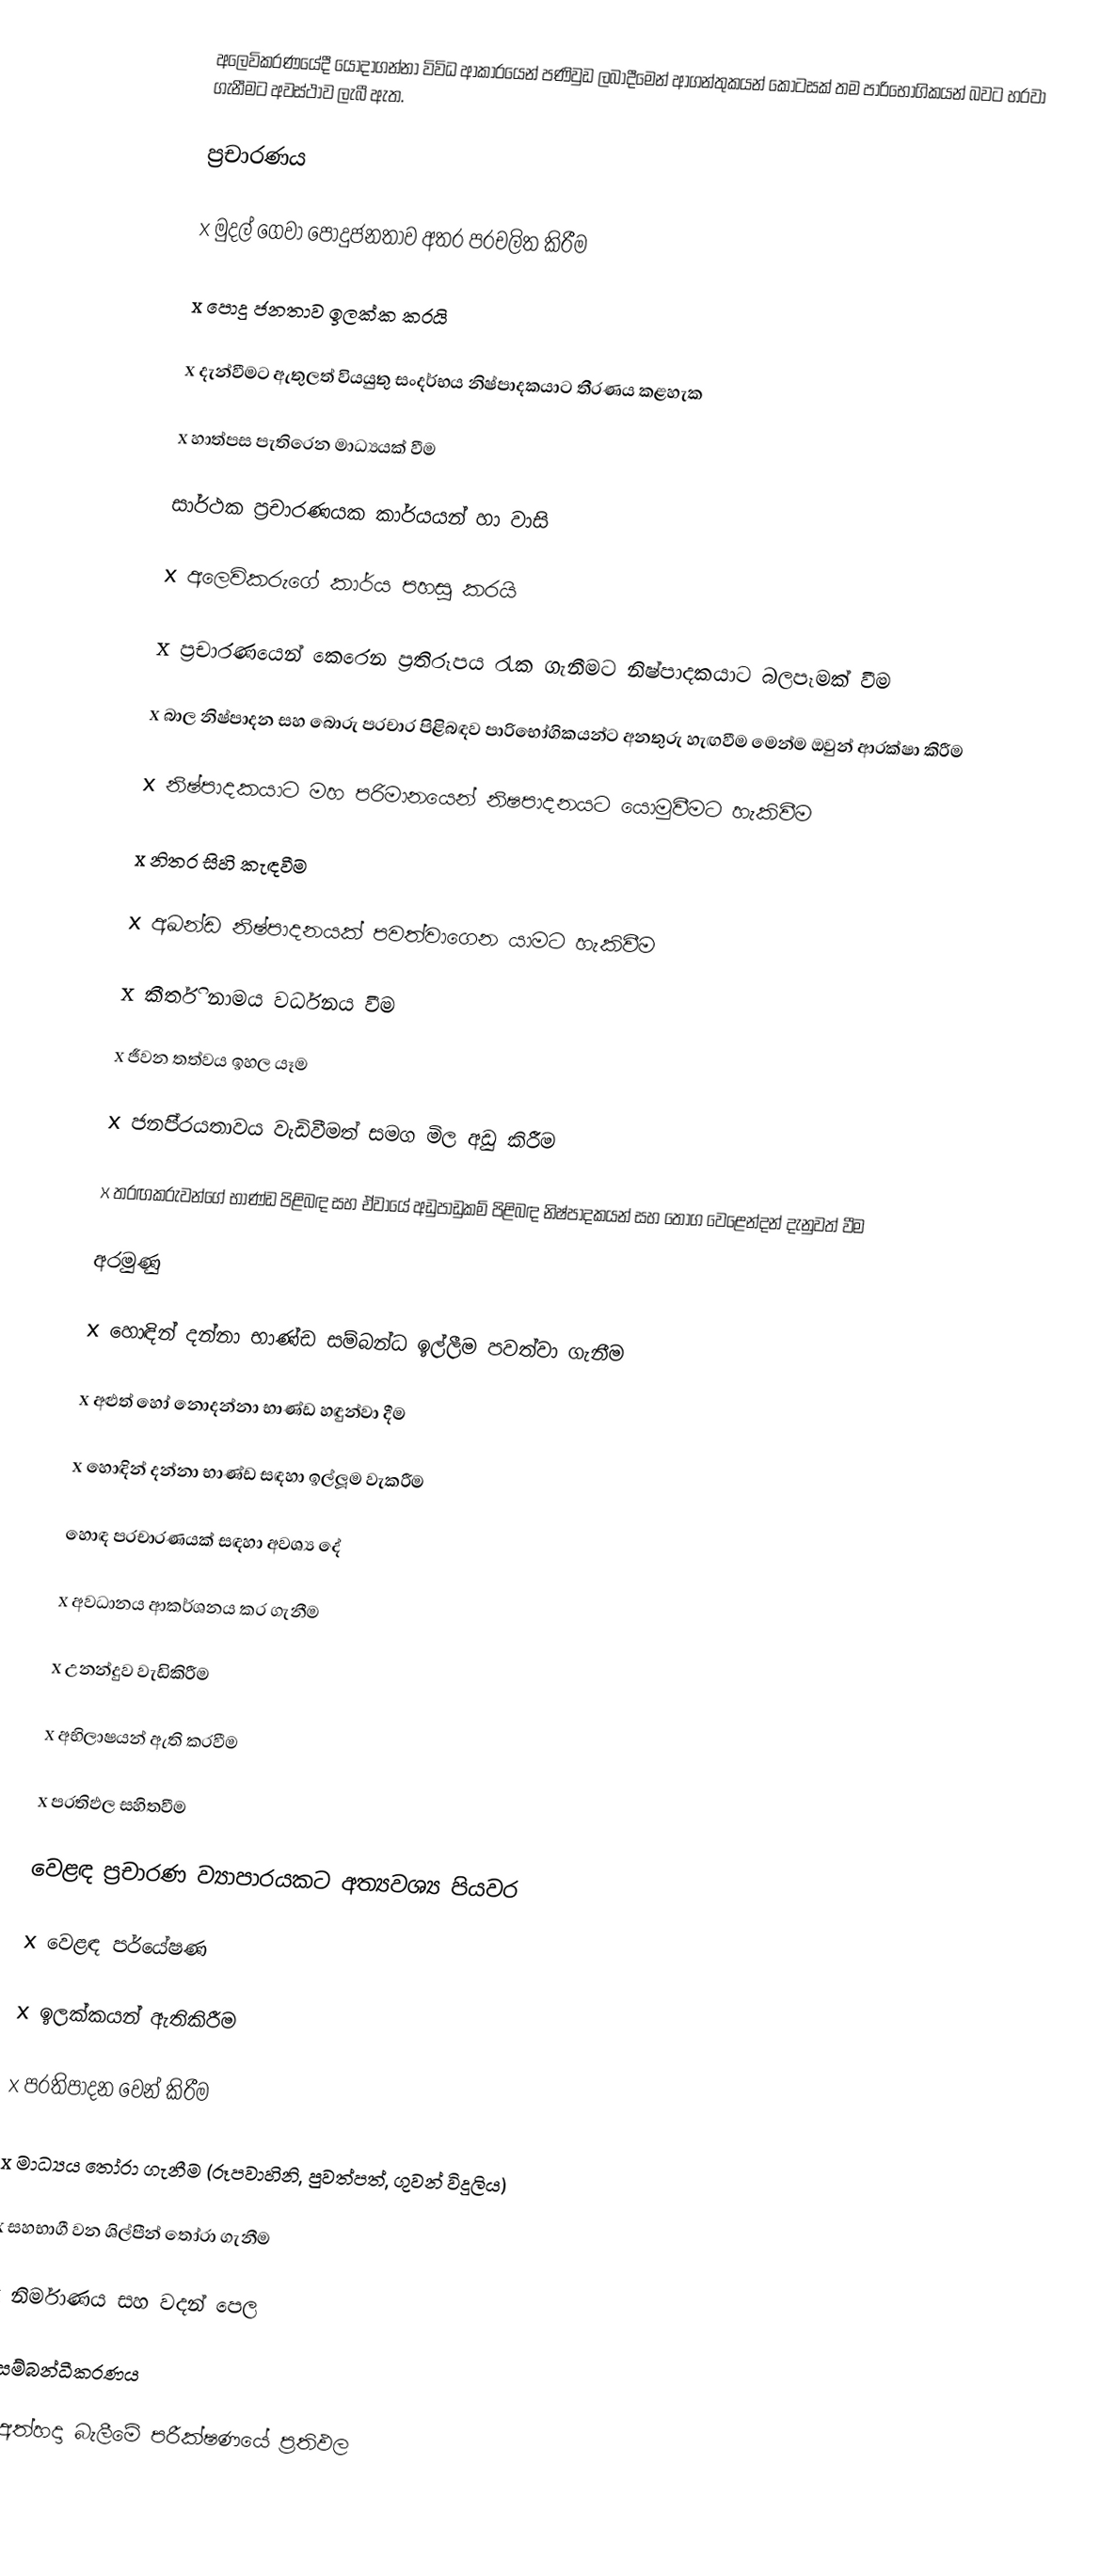
අලෙවිකරණයේදී යොදාගන්නා විවිධ ආකාරයෙන් පණිවුඩ ලබාදීමෙන් ආගන්තුකයන් කොටසක් තම පාරිභෝගිකයන් බවට හරවා ගැනීමට අවස්ථාව ලැබී ඇත.

ප‍්‍රචාරණය

x	මුදල් ගෙවා පොදුජනතාව අතර ප‍්‍රචලිත කිරීම

x	පොදු ජනතාව ඉලක්ක කරයි

x	දැන්වීමට ඇතුලත් වියයුතු සංදර්භය නිෂ්පාදකයාට තීරණය කළහැක

x	හාත්පස පැතිරෙන මාධ්‍යයක් වීම

සාර්ථක ප‍්‍රචාරණයක කාර්යයන් හා වාසි

x	අලෙවිකරුගේ කාර්ය පහසු කරයි

x	ප‍්‍රචාරණයෙන් කෙරෙන ප‍්‍රතිරූපය රැක ගැනීමට නිෂ්පාදකයාට බලපෑමක් වීම

x	බාල නිෂ්පාදන සහ බොරු ප‍්‍රචාර පිළිබඳව පාරිභෝගිකයන්ට අනතුරු හැඟවීම මෙන්ම ඔවුන් ආරක්ෂා කිරීම

x	නිෂ්පාදකයාට මහ පරිමානයෙන් නිෂපාදනයට යොමුවීමට හැකිවීම

x	නිතර සිහි කැඳවීම

x	අඛන්ඩ නිෂ්පාදනයක් පවත්වාගෙන යාමට හැකිවීම

x	කීර්ති නාමය වර්ධනය වීම

x	ජීවන තත්වය ඉහල යෑම

x	ජනපි‍්‍රයතාවය වැඩිවීමත් සමග මිල අඩු කිරීම

x	තරඟකරුවන්ගේ භාණ්ඩ පිළිබඳ සහ ඒවායේ අඩුපාඩුකම් පිළිබඳ නිෂ්පාදකයන් සහ තොග වෙළෙන්දන් දැනුවත් වීම

අරමුණු

x	හොඳින් දන්නා භාණ්ඩ සම්බන්ධ ඉල්ලීම පවත්වා ගැනීම

x	අළුත් හෝ නොදන්නා භාණ්ඩ හඳුන්වා දීම

x	හොඳින් දන්නා භාණ්ඩ සඳහා ඉල්ලූම වැකරීම

හොඳ ප‍්‍රචාරණයක් සඳහා අවශ්‍ය දේ

x	අවධානය ආකර්ශනය කර ගැනීම

x	උනන්දුව වැඩිකිරීම

x	අභිලාෂයන් ඇති කරවීම

x	ප‍්‍රතිඵල සහිතවීම

වෙළඳ ප‍්‍රචාරණ ව්‍යාපාරයකට අත්‍යවශ්‍ය පියවර

x	වෙළඳ පර්යේෂණ

x	ඉලක්කයන් ඇතිකිරීම

x	ප‍්‍රතිපාදන වෙන් කිරීම

x	මාධ්‍යය තෝරා ගැනීම (රූපවාහිනි, පුවත්පත්, ගුවන් විදුලිය)

x	සහභාගී වන ශිල්පීන් තෝරා ගැනීම

x	නිර්මාණය සහ වදන් පෙල

x	සම්බන්ධීකරණය

x	අත්හදා බැලීමේ පරීක්ෂණයේ ප‍්‍රතිඵල